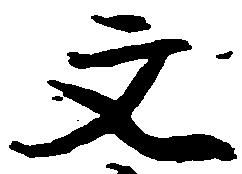
文